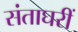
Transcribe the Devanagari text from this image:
संताघरीं